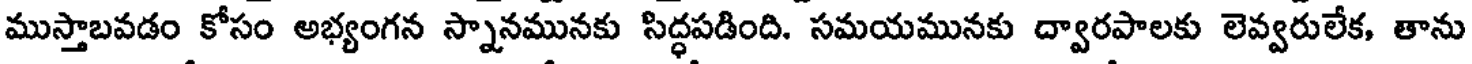
ముస్తాబవడం కోసం అభ్యంగన స్నానమునకు సిద్ధపడింది. సమయమునకు ద్వారపాలకు లెవ్వరులేక, తాను